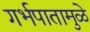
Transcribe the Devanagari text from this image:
गर्भपातामुळे